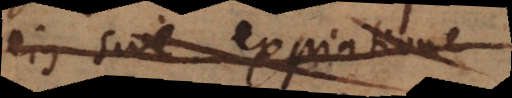
ejus sive expiatione